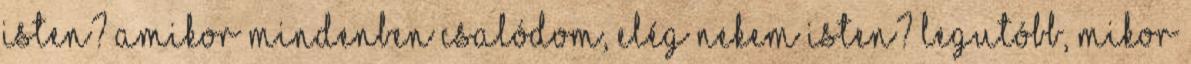
Isten? Amikor mindenben csalódom, elég nekem Isten? Legutóbb, mikor